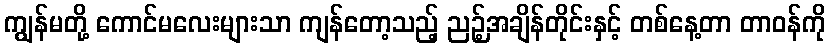
ကျွန်မတို့ ကောင်မလေးများသာ ကျန်တော့သည့် ညဉ့်အချိန်တိုင်းနှင့် တစ်နေ့တာ တာဝန်ကို